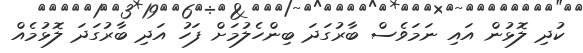
ކުދި ލޮޅުން އައި ނަމަވެސް ބާރުގަދަ ބިންހެލުމަށް ފަހު އަދި ބާރުގަދަ ލޮޅުމެއް